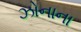
ઝોનાના